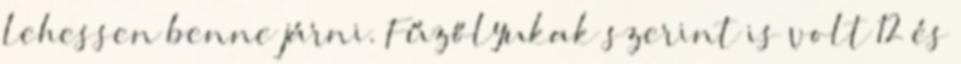
lehessen benne járni. Fűzőlyukak szerint is volt 12 és